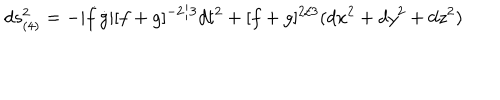
d s _ { ( 4 ) } ^ { 2 } = - | \dot { f } \dot { g } | [ f + g ] ^ { - 2 / 3 } d t ^ { 2 } + [ f + g ] ^ { 2 / 3 } ( d x ^ { 2 } + d y ^ { 2 } + d z ^ { 2 } )